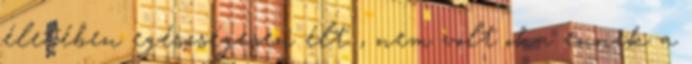
életében egészségesen élt , nem volt oka ennek a